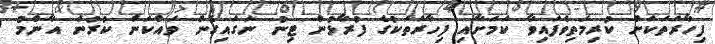
ފިހާރަތަކަށް ކުރިމަތިވެފައިވާ ކަމަށާއި ފިހާރަތަކުގެ ފުރާޅުން ޓިނު ނަގައިގެން ވައްކަން ކުރުން އާންމު